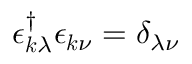
\boldsymbol { \epsilon } _ { \boldsymbol { k } \lambda } ^ { \dagger } \boldsymbol { \epsilon } _ { \boldsymbol { k } \nu } = \delta _ { \lambda \nu }